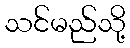
သင်မည်သို့